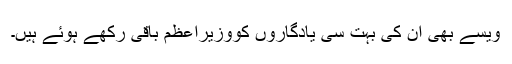
ویسے بھی ان کی بہت سی یادگاروں کووزیراعظم باقی رکھے ہوئے ہیں۔